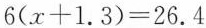
$$6 ( x + 1 . 3 ) = 2 6 .4$$